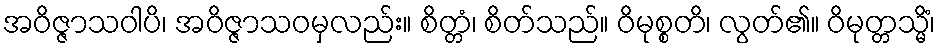
အဝိဇ္ဇာသဝါပိ၊ အဝိဇ္ဇာသဝမှလည်း။ စိတ္တံ၊ စိတ်သည်။ ဝိမုစ္စတိ၊ လွတ်၏။ ဝိမုတ္တသ္မိံ၊